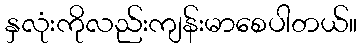
နှလုံးကိုလည်းကျန်းမာစေပါတယ်။